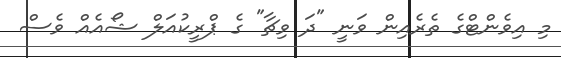
މި އިވެންޓްގެ ތެރެއިން ވަނީ "ދަ ވިޗާ" ގެ ޕްރީކުއަލް ޝޯއެއް ވެސް